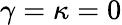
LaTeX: \gamma=\kappa=0